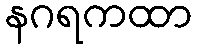
နဂရကထာ